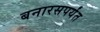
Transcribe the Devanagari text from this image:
बनारसपर्यंत